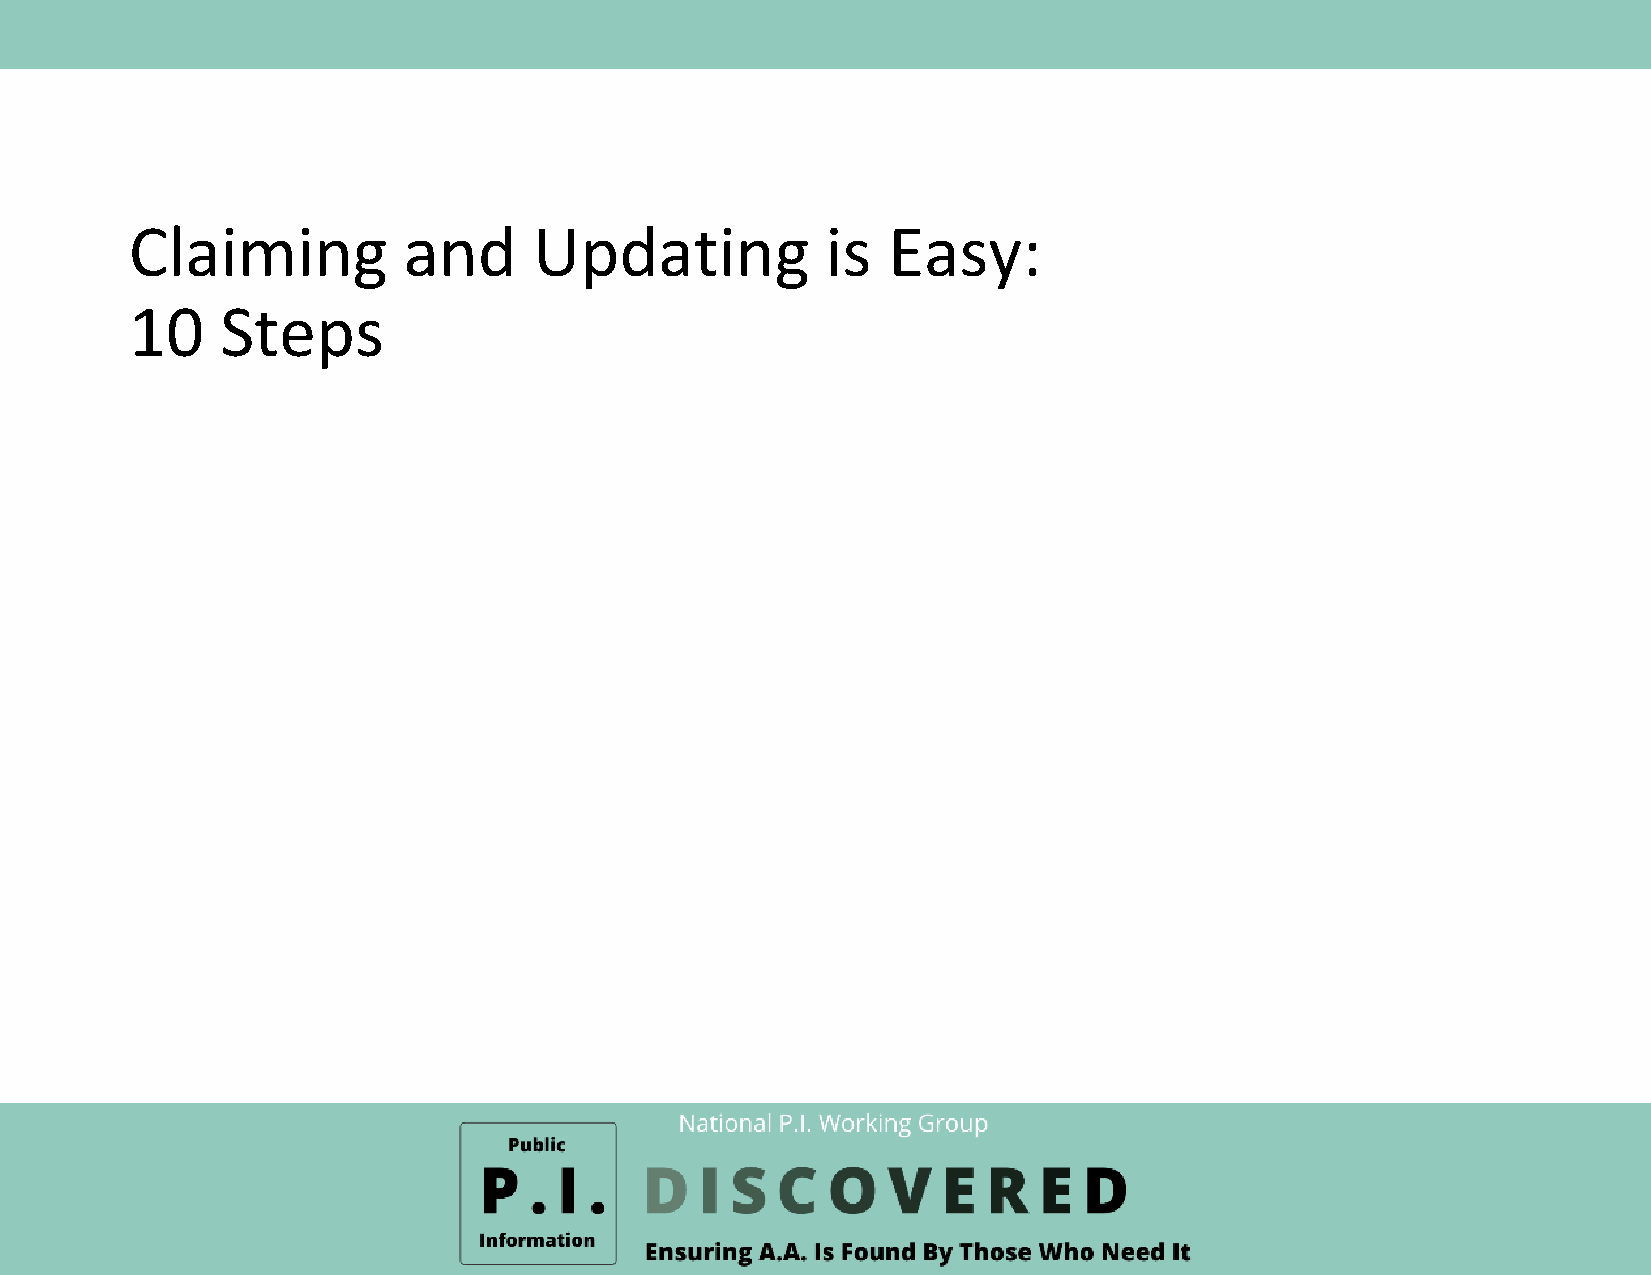
Claiming          and     Updating            is  Easy:
 10    Steps